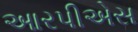
આરપીએસ